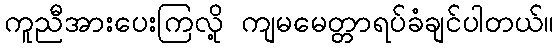
ကူညီအားပေးကြလို့ ကျမမေတ္တာရပ်ခံချင်ပါတယ်။